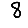
Digit: 8